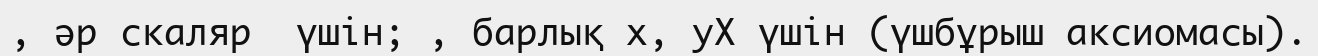
, әр скаляр  үшін; , барлық х, уХ үшін (үшбұрыш аксиомасы).